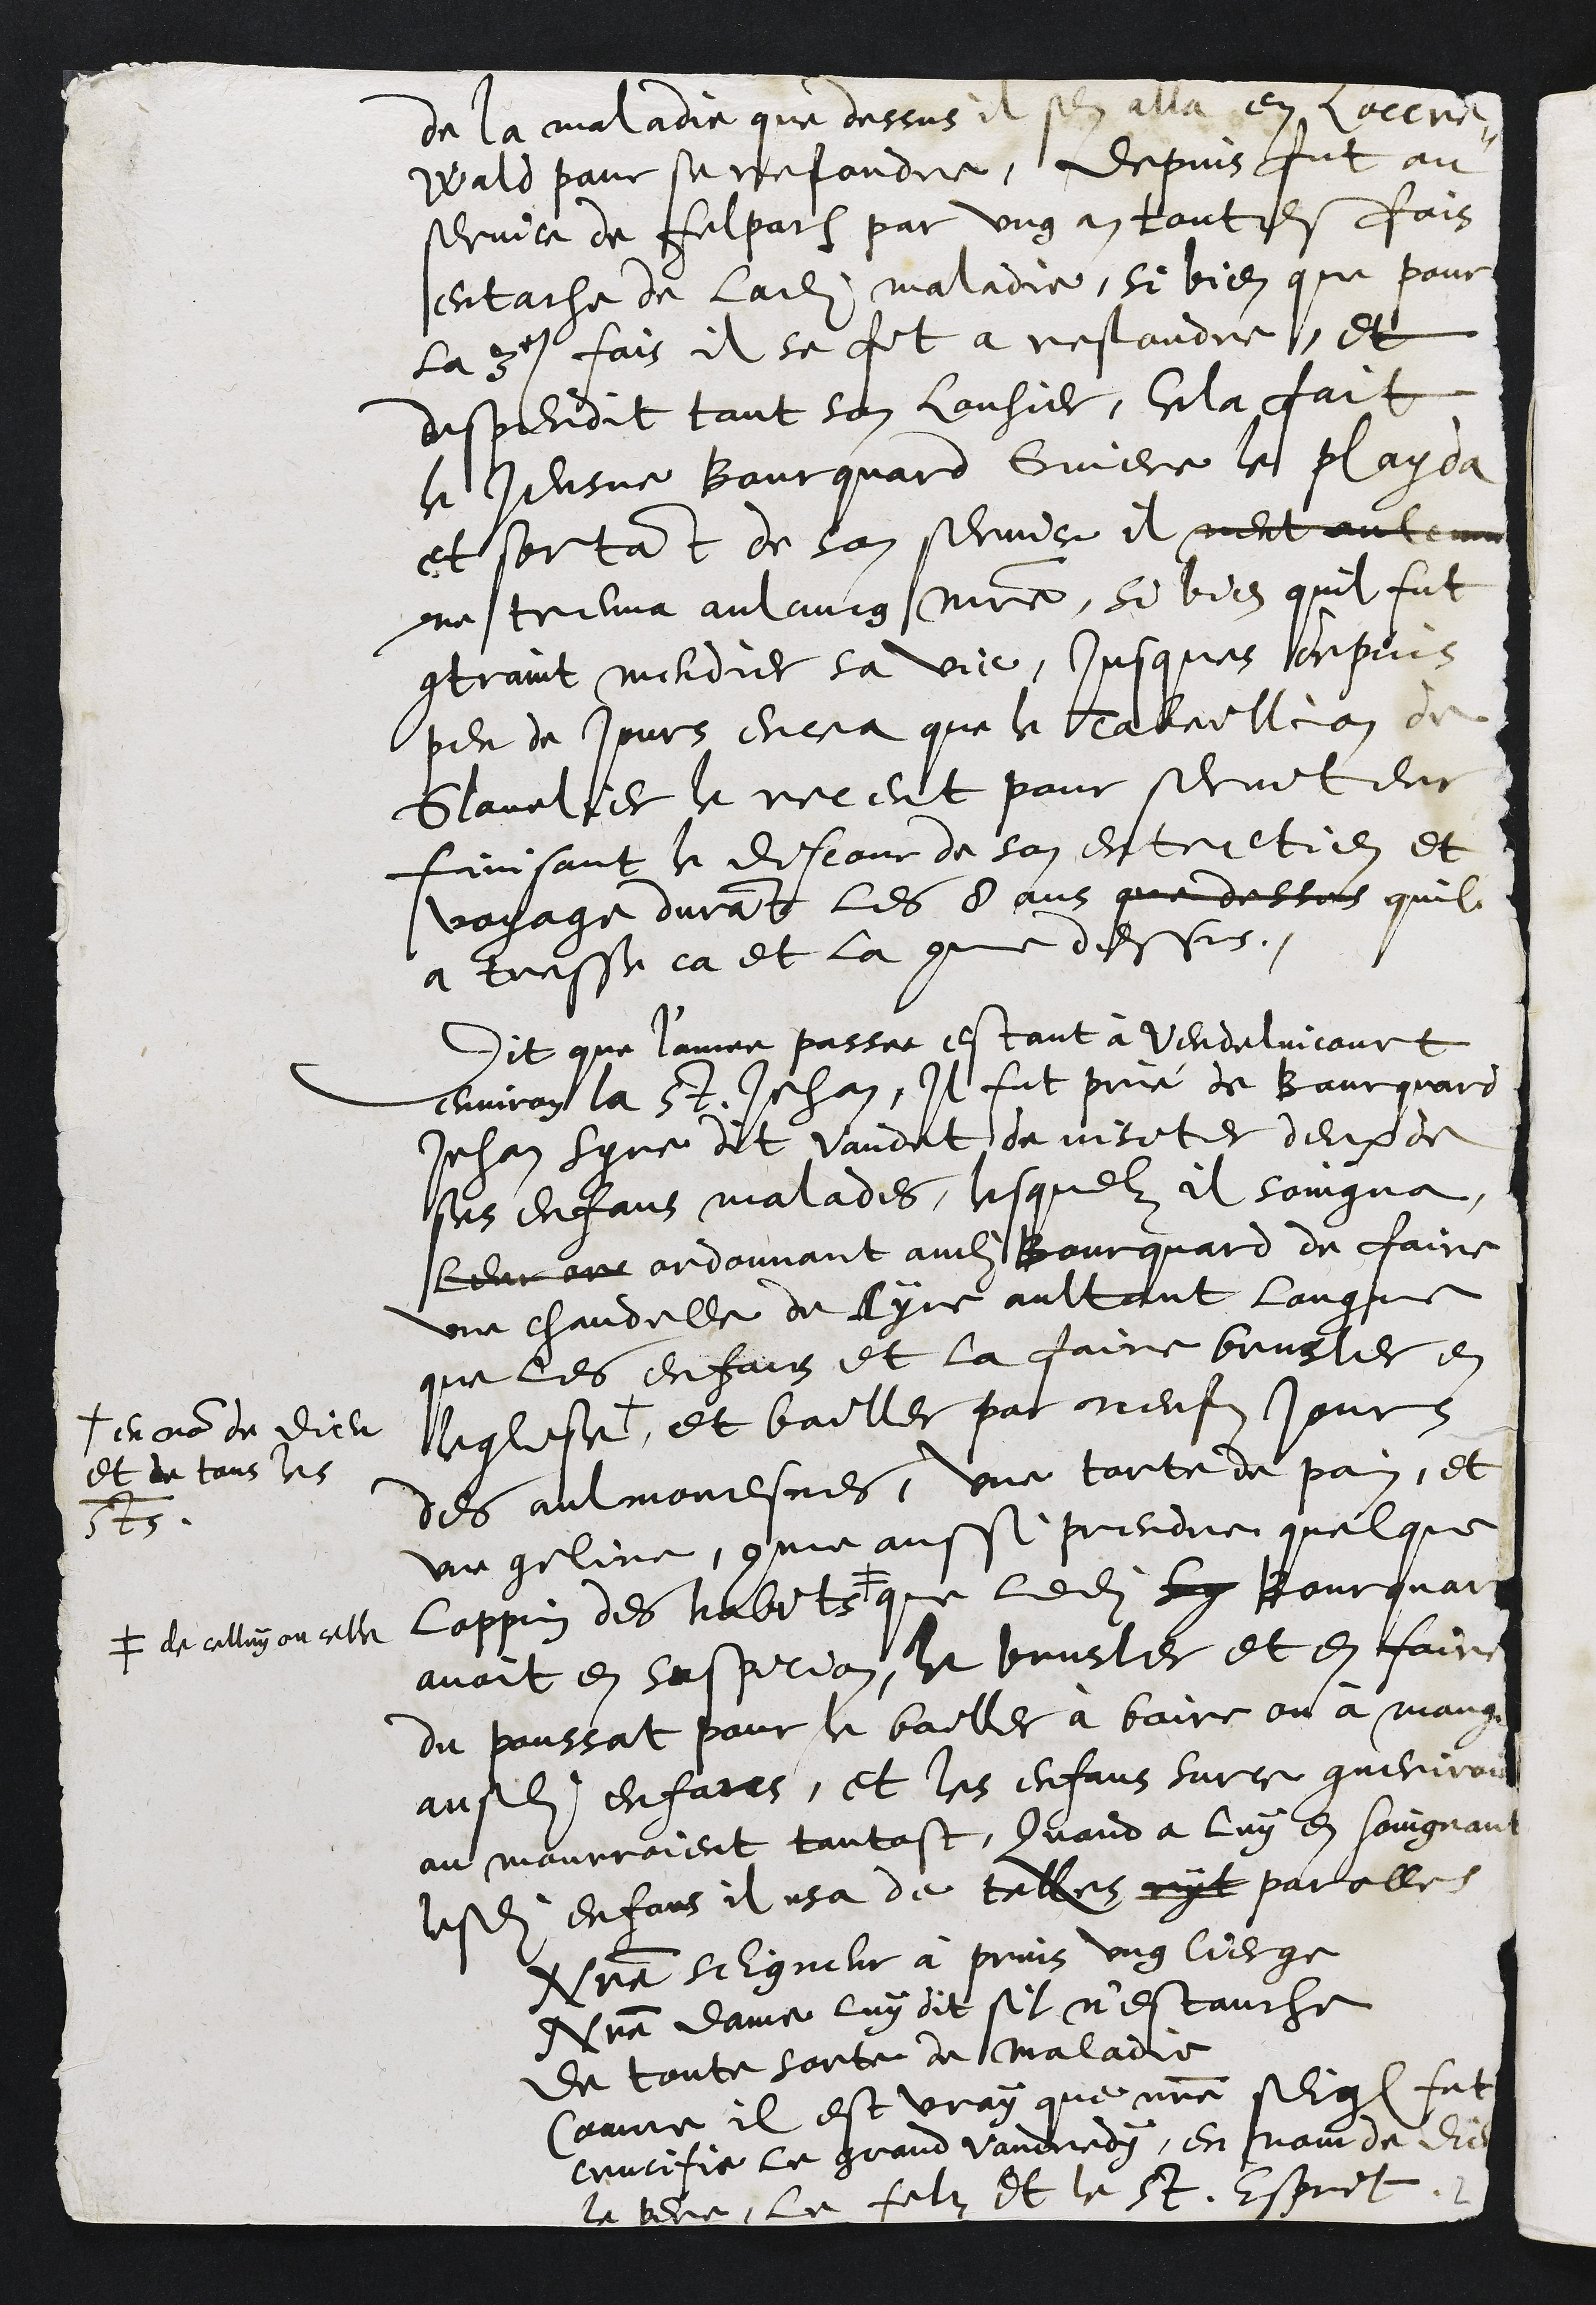
de la maladie que dessus il sen alla Loccre¬
Wald pour se refondre, depuis fut au
service de felpach par ung an toutesfois
entache de ladite maladie, si bien que pour
la 3e fois il se fit a restondre, et
despendit tout son Louhier Cela fait
le Jeusne Bourquard Guiere le playda
et sortant de son service il neut aulcune
ne treuva aulcung maistre, si bien quil fut
contraint mendier sa vie, jusques depuis
peu de jours encea que le tabeillion de
Glovelier le receut pour serviteur
finisant le discour de son entretien et
voyage durant les 8 ans que dessus quil
a tresse ca et la comme dessus.
Dit que l'annee passe estant à Vendelincourt
environ la St Jehan, Il fut prié de Bourquard
Jehan Syre dit Vaudet de visiter deux de
ses enfans malades, lesquelz il soingna,
leur or ordonnant audit Bourquard de faire
une chandelle de cyre aultant longue
que les enfans et la faire brusler en
leglise +
+ en nom de Dieu
et de tous les
sts
et bailler par neufz jours
des aulmonesmes, une torte de pain, et
une geline, comme aussi prendre quelque
loppin des habits #
# de celluy ou celle
que ledit luy Bourquar
avoit en suspicion, le brusler et en faire
du poussat pour le bailler à boire ou à manger
ausdits enfans, et les enfans surce gueriroient
ou mourroient tantost, Quand a luy en soingnant
lesdits enfans il usa de telles ryt parolles
Notre Seigneur à prins ung cierge
Notre dame luy dit sil nestanche
de toute sorte de maladie
Comme il est vray que notre seig fut
crucifie le grand vandredy, en nom de Dieu
le pere, le filz et le St. Esprit